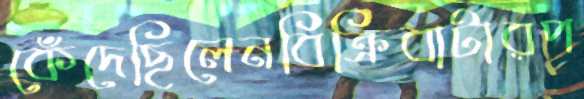
কেঁদেছিলেনবিক্রিবাটারপ